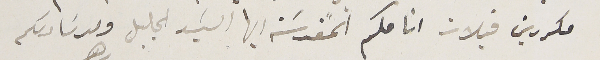
مكررين قبلات انامكم المقدسَة ايها السَيد الجليل                                                              ولد سَادىكم